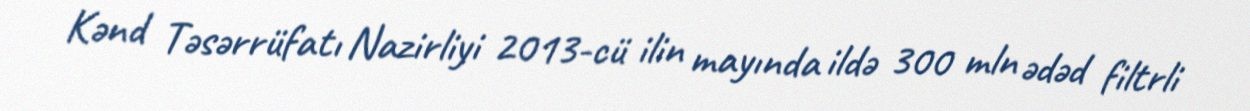
Kənd Təsərrüfatı Nazirliyi 2013-cü ilin mayında ildə 300 mln ədəd filtrli